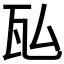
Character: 𬎤